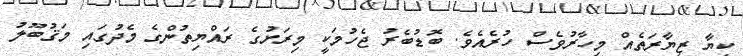
ކިޔާ ޒިޔާރަތެއް މިހާރުވެސް ހުރެއެވެ. ބޮޑުބެރު ޖެހުމަކީ މިރަށުގެ ރައްޔިތުންގެ މެދުގައި މަޤުބޫލު